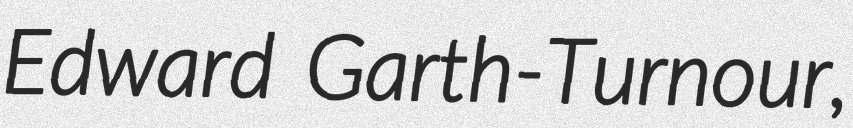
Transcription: Edward Garth-Turnour,